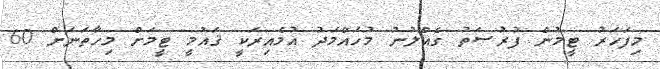
މިފަހަރު ޓީމުން ފުރުޞަތު ގެއްލުނު މުހައްމަދު އުމެއިރަކީ ޤައުމީ ޓީމަށް މިހާތަނަށް 60